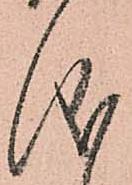
儀